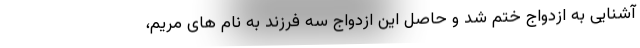
آشنایی به ازدواج ختم شد و حاصل این ازدواج سه فرزند به نام های مریم،